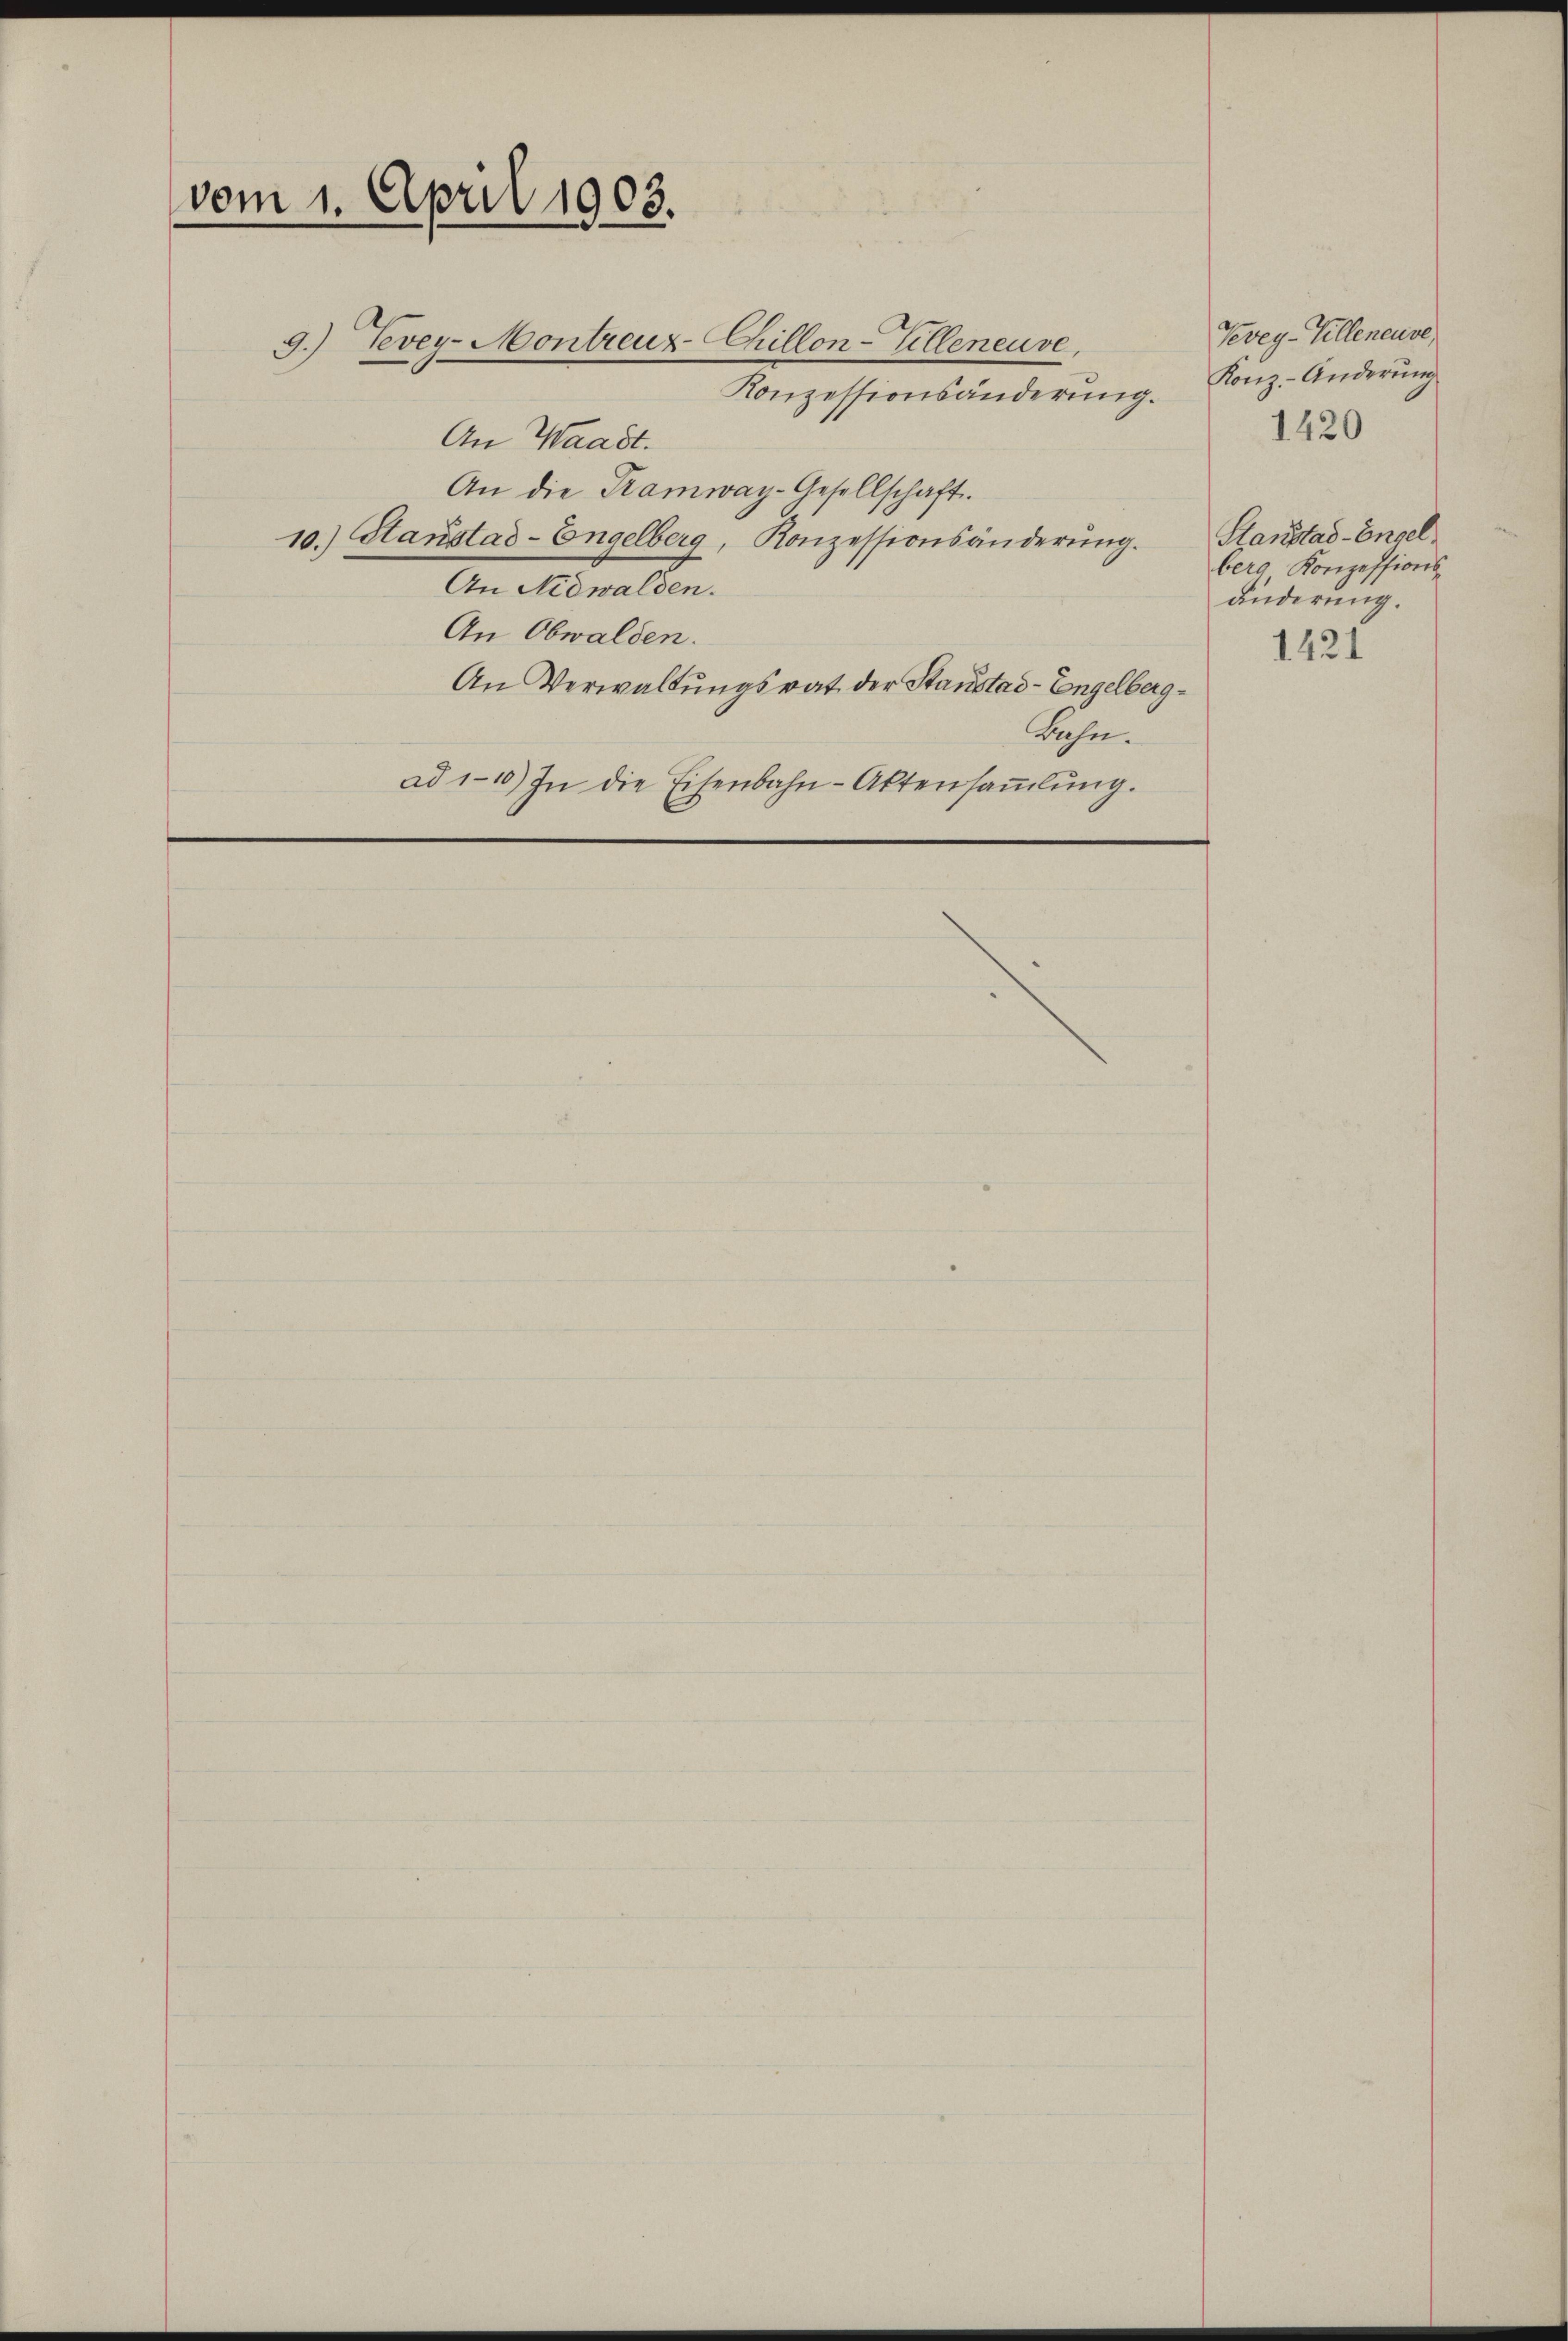
vom 1. April 1903.

Konzessionsänderung.
An Waadt.
An die Tramway-Gesellschaft.
10.) Stanstad-Engelberg, Konzessionsänderung.
An Nidwalden.
An Obwalden.
An Verwaltungsrat der Stanstad - Engelberg¬
Rahn.
ad 110) In die Eisenbahn-Aktensaṁlŭng.

9.) Vevey-Montreuz-CChillon-Zelleneuve,

Vevey-Villeneuve,
Konz-Änderung
1420
Stanstad-Engel
berg Konzessions-
änderung.

1421